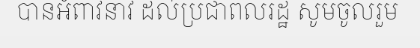
បានអំពាវនាវ ដល់ប្រជាពលរដ្ឋ សូមចូលរួម